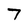
Character: 7